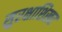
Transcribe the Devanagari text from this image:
सुरक्षाशिखर